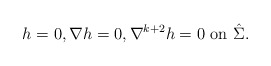
\begin{align*}h=0, \nabla h=0, \nabla^{k+2} h=0 \mbox{ on }\hat \Sigma. \end{align*}